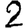
Digit: 2